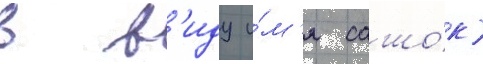
в в'иду и́м'я сашо́к)